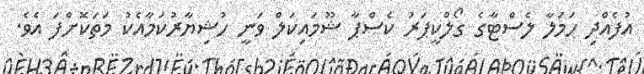
އުފެއްދި ހަމަލާ ލެސްޓާގެ ގޯލްކީޕަރު ކެސްޕާ ޝޫމައިކަލް ވަނީ ހުޝިޔާރުކަމާއެކު މަތަކޮށްފަ އެވެ.